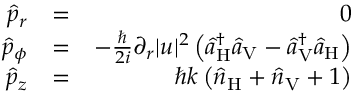
\begin{array} { r l r } { \hat { p } _ { r } } & { = } & { 0 } \\ { \hat { p } _ { \phi } } & { = } & { - \frac { \hbar } { 2 i } \partial _ { r } | u | ^ { 2 } \left( \hat { a } _ { \mathrm { H } } ^ { \dagger } \hat { a } _ { \mathrm { V } } - \hat { a } _ { \mathrm { V } } ^ { \dagger } \hat { a } _ { \mathrm { H } } \right) } \\ { \hat { p } _ { z } } & { = } & { \hbar k \left( \hat { n } _ { \mathrm { H } } + \hat { n } _ { \mathrm { V } } + 1 \right) } \end{array}